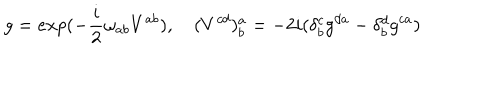
LaTeX: g = e x p ( - \frac { i } { 2 } \omega _ { a b } V ^ { a b } ) , \quad ( V ^ { c d } ) _ { b } ^ { a } = - 2 i ( \delta _ { b } ^ { c } g ^ { d a } - \delta _ { b } ^ { d } g ^ { c a } )